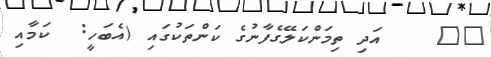
٣٢    އަދި ތިމަންކަލޭގެފާނުގެ ކަންތަކުގައި (އެބަހީ:  ކަމާއި